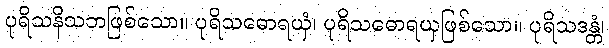
ပုရိသနိသဘဖြစ်သော။ ပုရိသဓောရယှံ၊ ပုရိသဓောရယှဖြစ်သော။ ပုရိသဒန္တံ၊